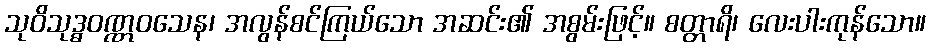
သုဝိသုဒ္ဓဝဏ္ဏဝသေန၊ အလွန်စင်ကြယ်သော အဆင်း၏ အစွမ်းဖြင့်။ စတ္တာရိ၊ လေးပါးကုန်သော။